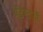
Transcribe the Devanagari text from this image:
पेटेण्टार्थी